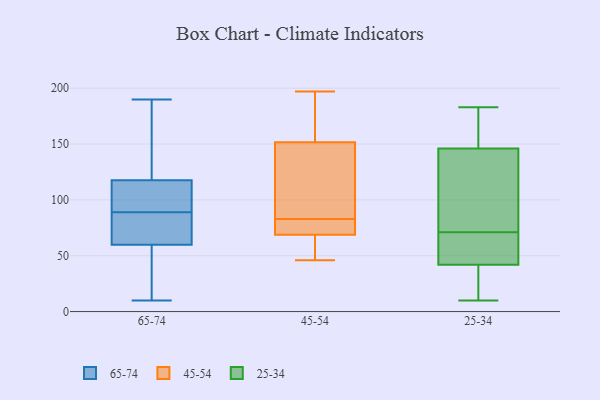
{"axis": {"x": "LTV (USD)", "y": "Value"}, "legend": ["25-34", "45-54", "65-74"], "data": [{"x": "", "y": 15, "type": "65-74"}, {"x": "", "y": 84, "type": "65-74"}, {"x": "", "y": 12, "type": "65-74"}, {"x": "", "y": 92, "type": "65-74"}, {"x": "", "y": 102, "type": "65-74"}, {"x": "", "y": 87, "type": "65-74"}, {"x": "", "y": 178, "type": "65-74"}, {"x": "", "y": 101, "type": "65-74"}, {"x": "", "y": 173, "type": "65-74"}, {"x": "", "y": 190, "type": "65-74"}, {"x": "", "y": 85, "type": "65-74"}, {"x": "", "y": 10, "type": "65-74"}, {"x": "", "y": 62, "type": "65-74"}, {"x": "", "y": 89, "type": "65-74"}, {"x": "", "y": 152, "type": "65-74"}, {"x": "", "y": 53, "type": "65-74"}, {"x": "", "y": 106, "type": "65-74"}, {"x": "", "y": 59, "type": "45-54"}, {"x": "", "y": 103, "type": "45-54"}, {"x": "", "y": 46, "type": "45-54"}, {"x": "", "y": 73, "type": "45-54"}, {"x": "", "y": 72, "type": "45-54"}, {"x": "", "y": 147, "type": "45-54"}, {"x": "", "y": 166, "type": "45-54"}, {"x": "", "y": 192, "type": "45-54"}, {"x": "", "y": 76, "type": "45-54"}, {"x": "", "y": 127, "type": "45-54"}, {"x": "", "y": 83, "type": "45-54"}, {"x": "", "y": 50, "type": "45-54"}, {"x": "", "y": 197, "type": "45-54"}, {"x": "", "y": 146, "type": "25-34"}, {"x": "", "y": 48, "type": "25-34"}, {"x": "", "y": 59, "type": "25-34"}, {"x": "", "y": 22, "type": "25-34"}, {"x": "", "y": 183, "type": "25-34"}, {"x": "", "y": 10, "type": "25-34"}, {"x": "", "y": 83, "type": "25-34"}, {"x": "", "y": 98, "type": "25-34"}, {"x": "", "y": 36, "type": "25-34"}, {"x": "", "y": 57, "type": "25-34"}, {"x": "", "y": 146, "type": "25-34"}, {"x": "", "y": 157, "type": "25-34"}]}